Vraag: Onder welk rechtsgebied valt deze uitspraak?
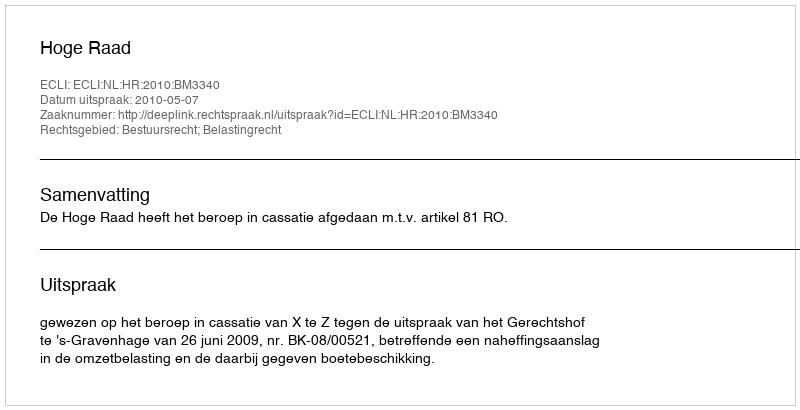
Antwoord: Bestuursrecht; Belastingrecht